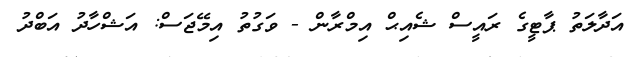
އަދާލަތު ޕާޓީގެ ރައީސް ޝެއިޙް އިމްރާން - ވަގުތު އިމޭޖަސް: އަޝްހާދު އަބްދު